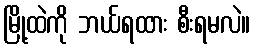
မြို့ထဲကို ဘယ်ရထား စီးရမလဲ။